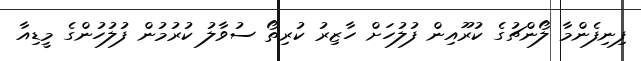
ފިނިފެންމާ ލޯންޗުގެ ކުރޫއިން ފުލުހަށް ހާޒިރު ކުރިތޯ ސުވާލު ކުރުމުން ފުލުހުންގެ މީޑިއާ